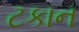
ટકાન